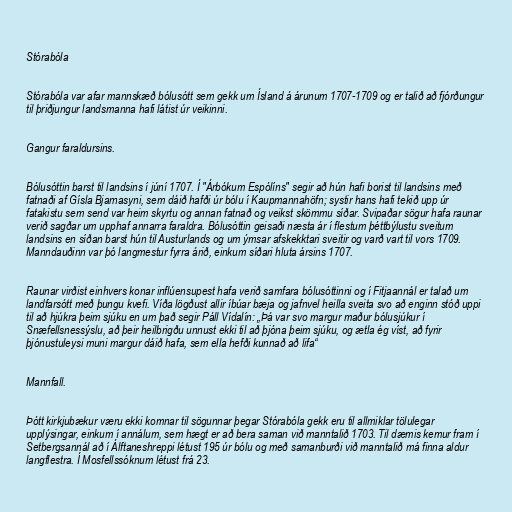
Stórabóla

Stórabóla var afar mannskæð bólusótt sem gekk um Ísland á árunum 1707-1709 og er talið að fjórðungur
til þriðjungur landsmanna hafi látist úr veikinni.

Gangur faraldursins.

Bólusóttin barst til landsins í júní 1707. Í "Árbókum Espólíns" segir að hún hafi borist til landsins með
fatnaði af Gísla Bjarnasyni, sem dáið hafði úr bólu í Kaupmannahöfn; systir hans hafi tekið upp úr
fatakistu sem send var heim skyrtu og annan fatnað og veikst skömmu síðar. Svipaðar sögur hafa raunar
verið sagðar um upphaf annarra faraldra. Bólusóttin geisaði næsta ár í flestum þéttbýlustu sveitum
landsins en síðan barst hún til Austurlands og um ýmsar afskekktari sveitir og varð vart til vors 1709.
Manndauðinn var þó langmestur fyrra árið, einkum síðari hluta ársins 1707.

Raunar virðist einhvers konar inflúensupest hafa verið samfara bólusóttinni og í Fitjaannál er talað um
landfarsótt með þungu kvefi. Víða lögðust allir íbúar bæja og jafnvel heilla sveita svo að enginn stóð uppi
til að hjúkra þeim sjúku en um það segir Páll Vídalín: „Þá var svo margur maður bólusjúkur í
Snæfellsnessýslu, að þeir heilbrigðu unnust ekki til að þjóna þeim sjúku, og ætla ég víst, að fyrir
þjónustuleysi muni margur dáið hafa, sem ella hefði kunnað að lifa“

Mannfall.

Þótt kirkjubækur væru ekki komnar til sögunnar þegar Stórabóla gekk eru til allmiklar tölulegar
upplýsingar, einkum í annálum, sem hægt er að bera saman við manntalið 1703. Til dæmis kemur fram í
Setbergsannál að í Álftaneshreppi létust 195 úr bólu og með samanburði við manntalið má finna aldur
langflestra. Í Mosfellssóknum létust frá 23.